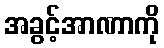
အခွင့်အာဏာကို